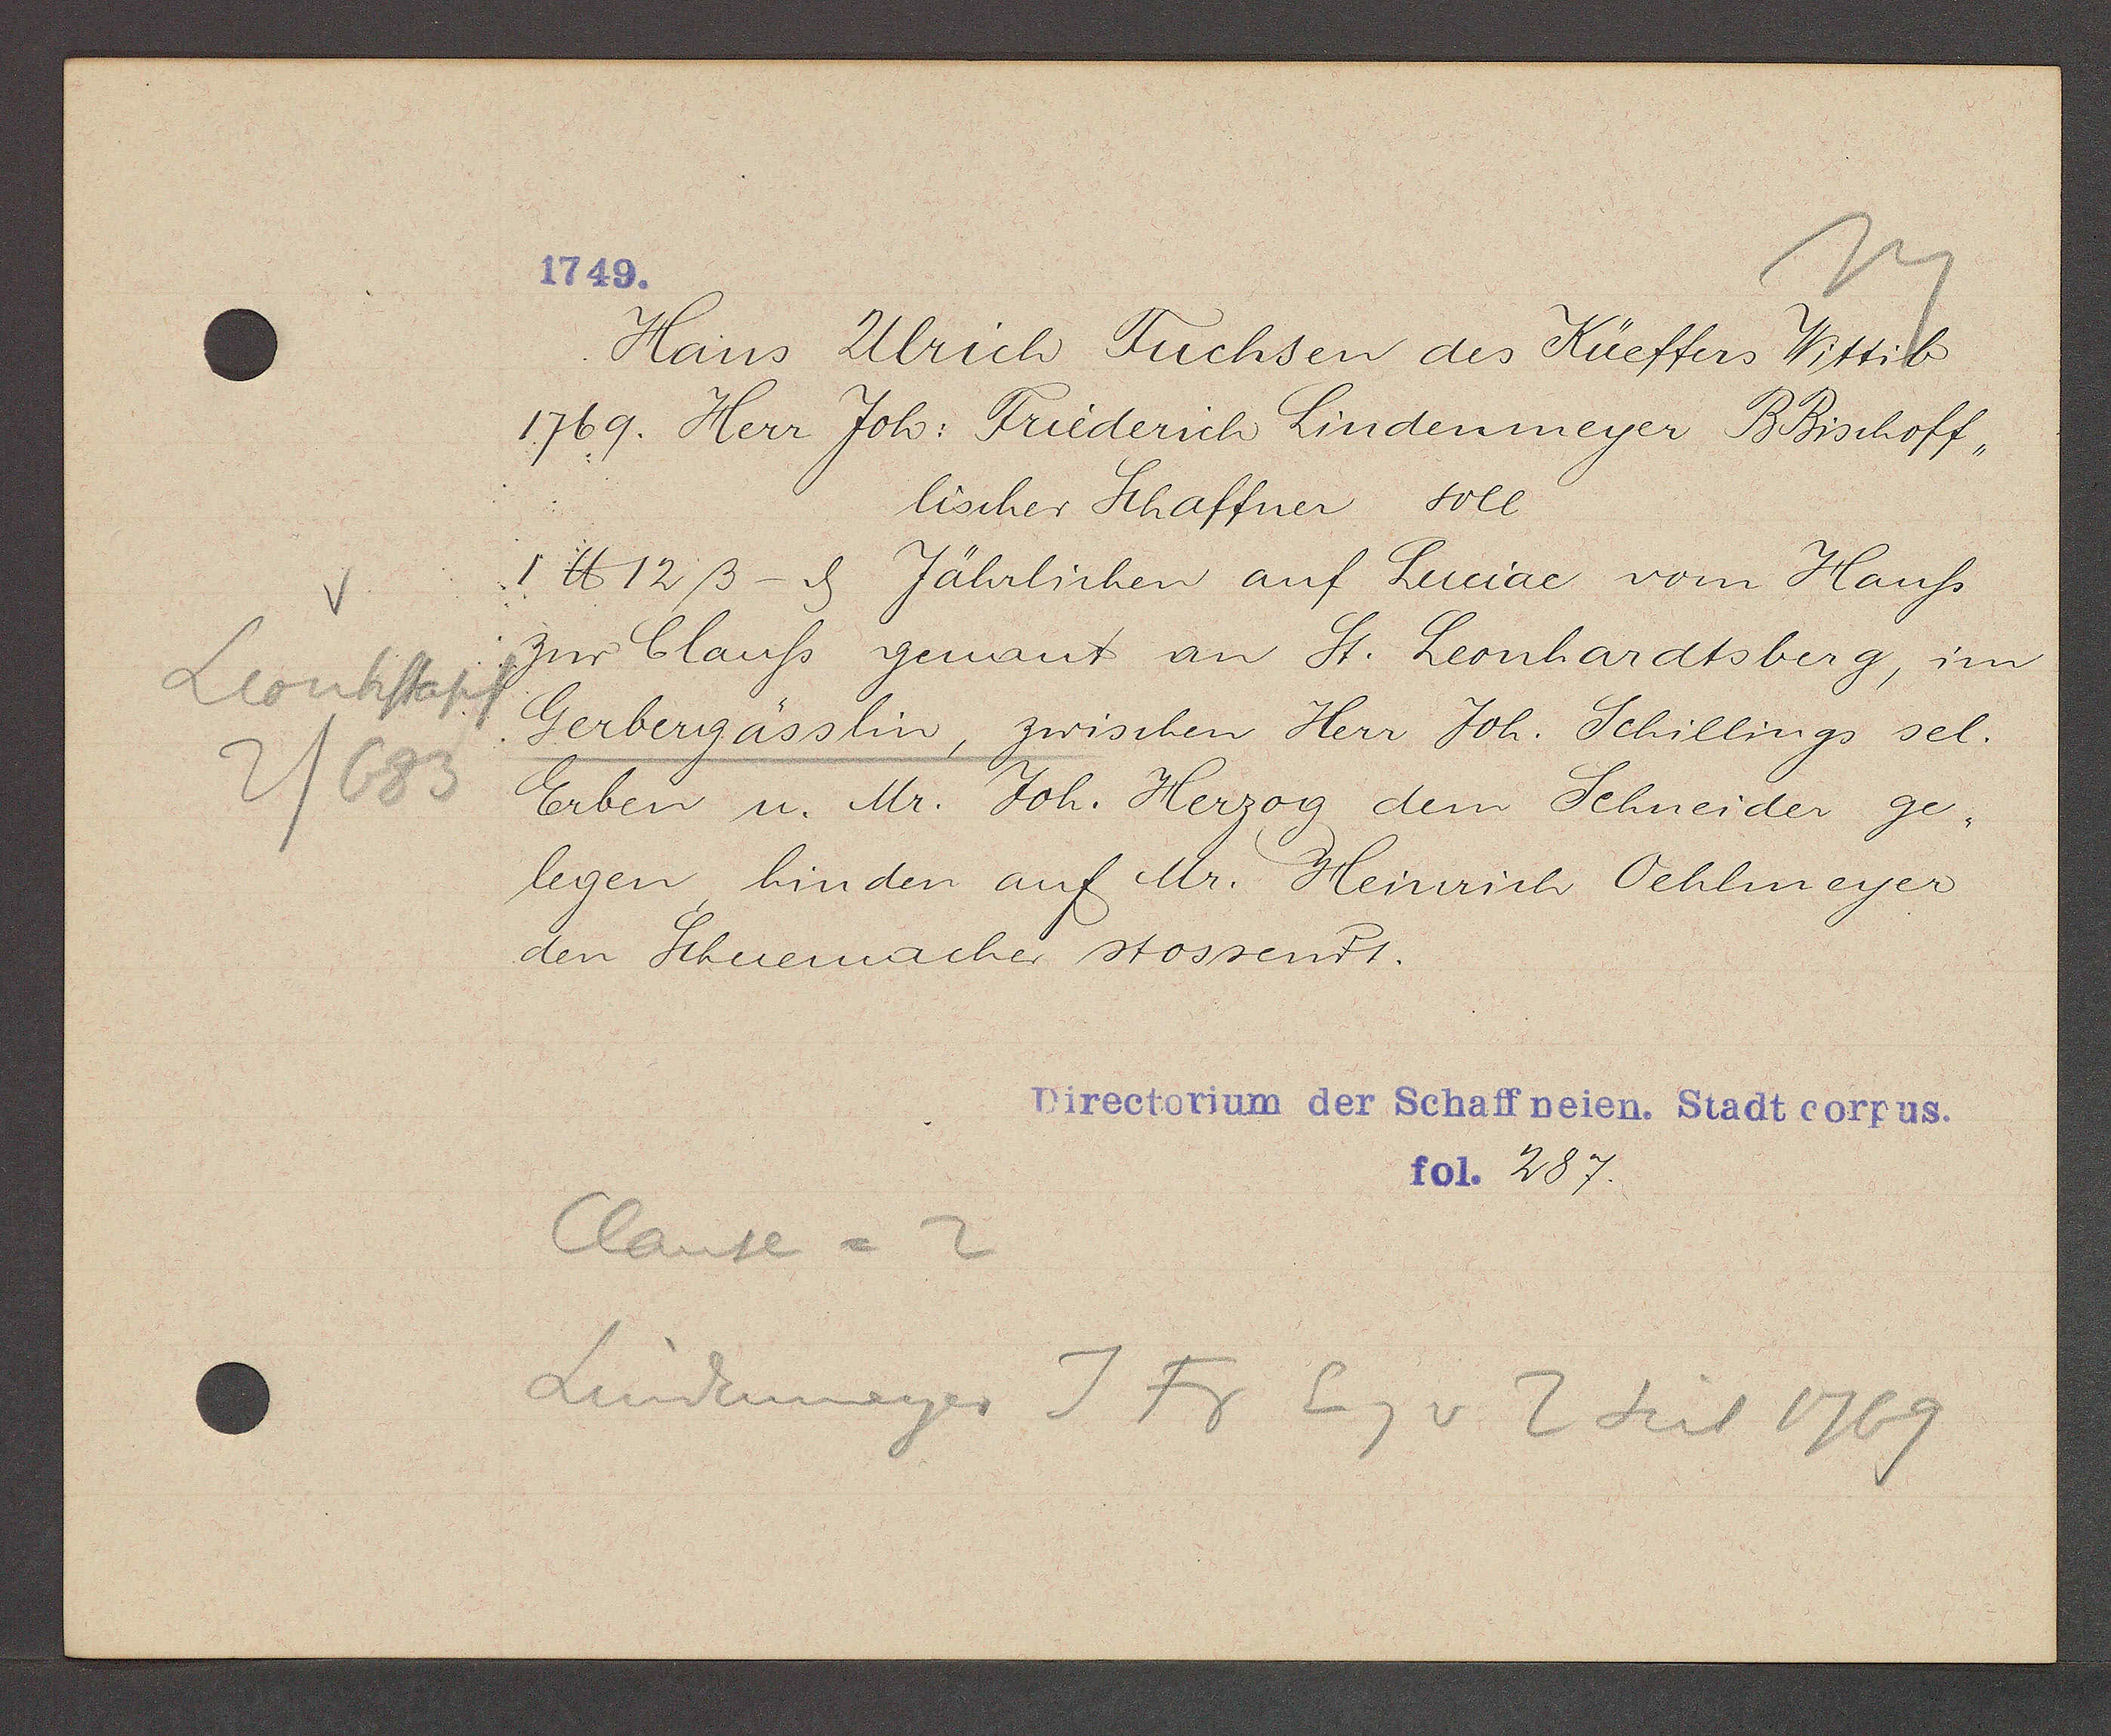
Transcript:
Leonhstapf
2/683

1749.

Hans Ulrich Fuchsen des Küeffers Wittib
1769. Herr Joh: Friderich Lindenmeyer BBischoff,
lischer Schaffner soll
1 ℔ 12 ß - ȡ Jährlichen auf Luciae vom Hauss
zur Clauss genant an St. Leonhardtsberg, im
Gerbergässlin, zwischen Herr Joh. Schillings sel.
Erben u. Mr. Joh. Herzog dem Schneider ge¬
legen hinden auf Mr. Heinrich Oehlmeyer
den Schuemacher stossendt.

Directorium der Schaffneien. Stadt corpus.
fol. 287.

Clause = 2
Lindenmeyer J Fr Eig v 2 seit 1769